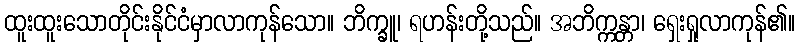
ထူးထူးသောတိုင်းနိုင်ငံမှာလာကုန်သော။ ဘိက္ခူ၊ ရဟန်းတို့သည်။ အဘိက္ကန္တာ၊ ရှေးရှုလာကုန်၏။